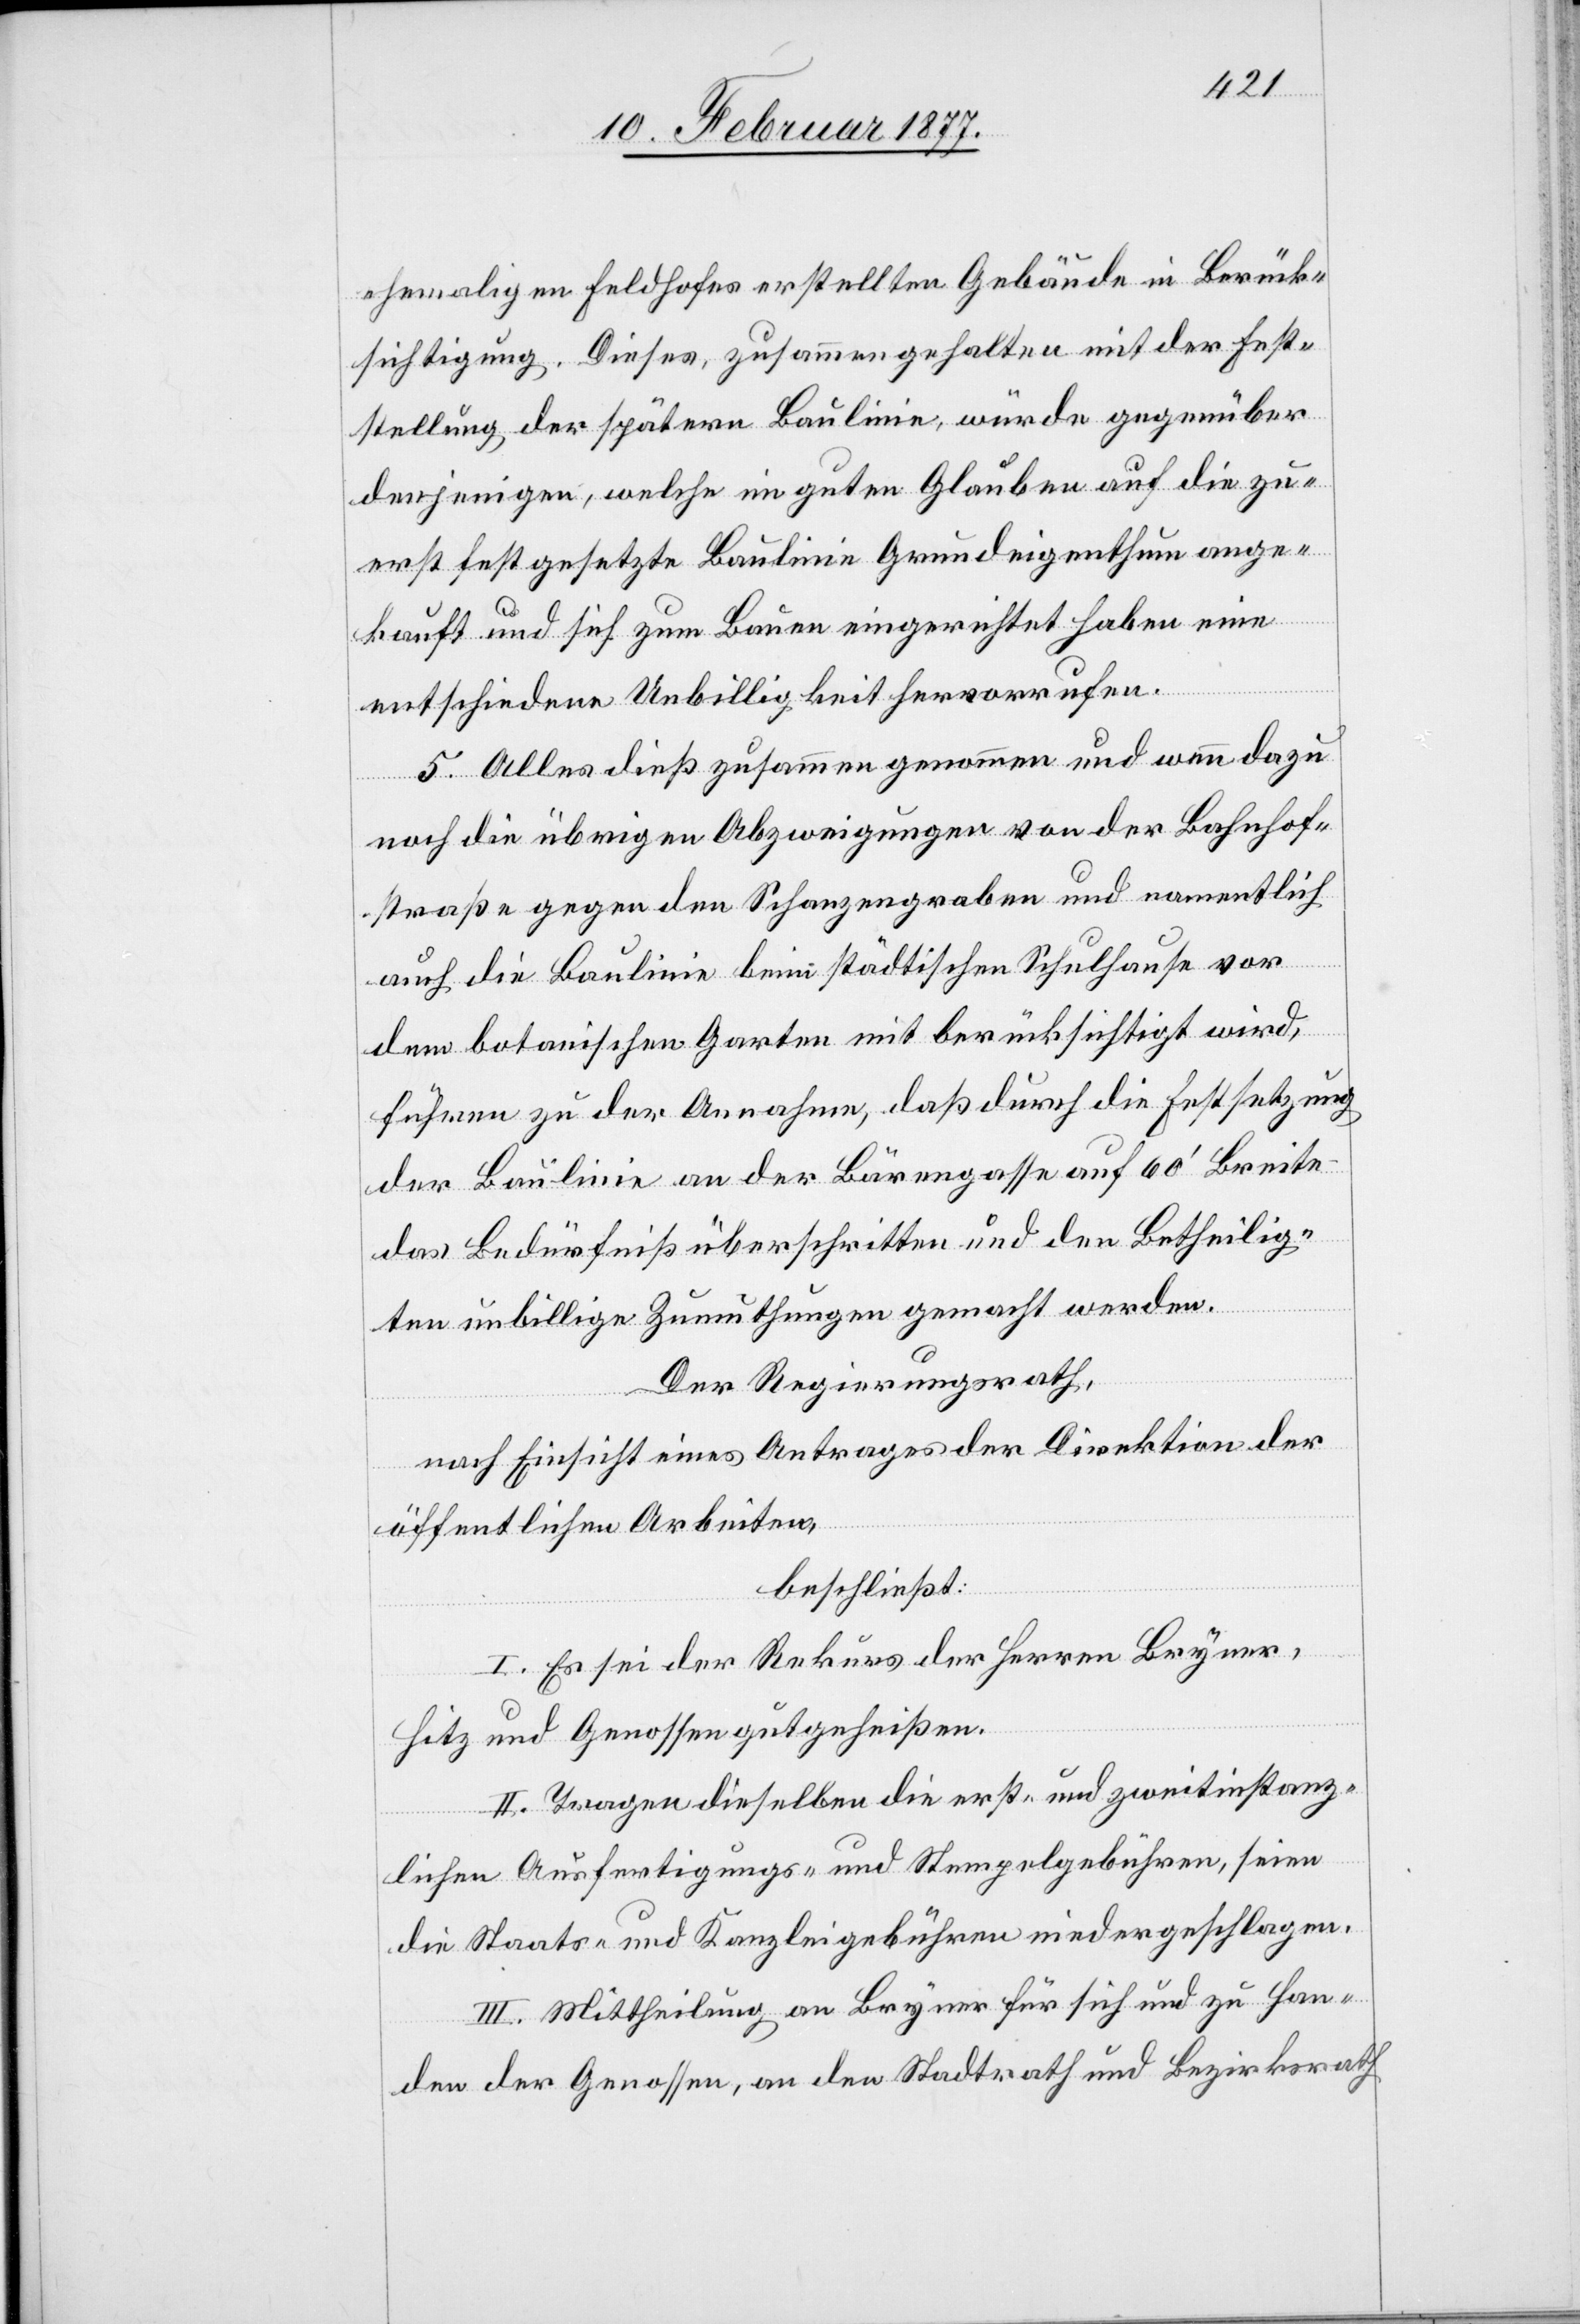
ehemaligen Feldhofes erstellten Gebäude in Berück¬
sichtigung. Dieses, zusammengehalten mit der Fest¬
stellung der spätern Baulinie, würde gegenüber
denjenigen, welche im guten Glauben auf die zu¬
erst festgesetzte Baulinie Grundeigenthum ange¬
kauft und sich zum Bauen eingerichtet haben eine
entscheidende Unbilligkeit hervorrufen.
5. Alles dieß zusammengenommen und wenn dazu
noch die übrigen Abzweigungen von der Bahnhof¬
straße gegen den Schanzengraben und namentlich
auch die Baulinie beim städtischen Schulhause vor
dem botanischen Garten mit berücksichtigt wird,
führen zu der Annahme, daß durch die Festsetzung
der Baulinie an der Bärengasse auf 60’ Breite
das Bedürfniß überschritten und den Betheilig¬
ten unbillige Zumuthungen gemacht werden.
Der Regierungsrath
nach Einsicht eines Antrages der Direktion der
öffentlichen Arbeiten,
beschließt:
I. Es sei der Rekurs der Herren Bryner,
Hitz und Genossen gutgeheißen.
II. Tragen dieselben die erst- und zweitinstanz¬
lichen Ausfertigungs- und Stempelgebühren, seinen
die Staats- und Kanzleigebühren niedergeschlagen.
III. Mittheilung an Bryner für sich und zu Han¬
den der Genossen, an der Stadtrath und Bezirksrath